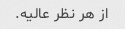
از هر نظر عالیه.